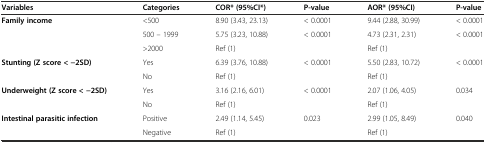
<table><thead><tr><td><b>Variables</b></td><td><b>Categories</b></td><td><b>COR* (95%CI*)</b></td><td><b>P-value</b></td><td><b>AOR* (95%CI)</b></td><td><b>P-value</b></td></tr></thead><tbody><tr><td><b>Family income</b></td><td>&lt;500</td><td>8.90 (3.43, 23.13)</td><td>&lt; 0.0001</td><td>9.44 (2.88, 30.99)</td><td>&lt; 0.0001</td></tr><tr><td></td><td>500 – 1999</td><td>5.75 (3.23, 10.88)</td><td>&lt; 0.0001</td><td>4.73 (2.31, 2.31)</td><td>&lt; 0.0001</td></tr><tr><td></td><td>&gt;2000</td><td>Ref (1)</td><td></td><td>Ref (1)</td><td></td></tr><tr><td><b>Stunting (Z score &lt; −2SD)</b></td><td>Yes</td><td>6.39 (3.76, 10.88)</td><td>&lt; 0.0001</td><td>5.50 (2.83, 10.72)</td><td>&lt; 0.0001</td></tr><tr><td></td><td>No</td><td>Ref (1)</td><td></td><td>Ref (1)</td><td></td></tr><tr><td><b>Underweight (Z score &lt; −2SD)</b></td><td>Yes</td><td>3.16 (2.16, 6.01)</td><td>&lt; 0.0001</td><td>2.07 (1.06, 4.05)</td><td>0.034</td></tr><tr><td></td><td>No</td><td>Ref (1)</td><td></td><td>Ref (1)</td><td></td></tr><tr><td><b>Intestinal parasitic infection</b></td><td>Positive</td><td>2.49 (1.14, 5.45)</td><td>0.023</td><td>2.99 (1.05, 8.49)</td><td>0.040</td></tr><tr><td></td><td>Negative</td><td>Ref (1)</td><td></td><td>Ref (1)</td><td></td></tr></tbody></table>